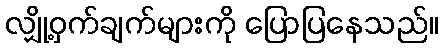
လျှို့ဝှက်ချက်များကို ပြောပြနေသည်။